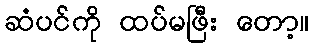
ဆံပင်ကို ထပ်မဖြီး တော့။